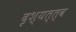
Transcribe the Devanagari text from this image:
दृश्‍यत्त्व